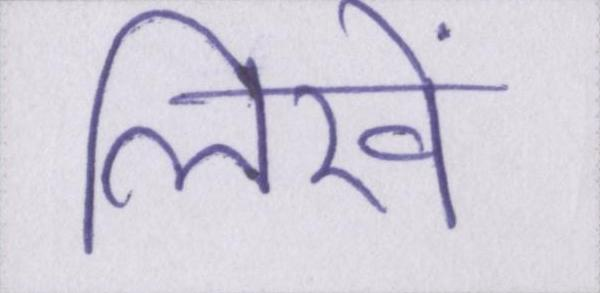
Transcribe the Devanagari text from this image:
लिखें